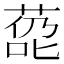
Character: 㗡